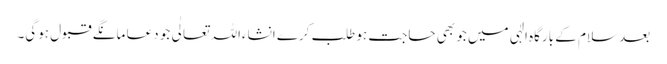
بعد سلام کے بارگاہ الٰہی میں جو بھی حاجت ہو طلب کرے انشاءاللہ تعالٰی جو دعا مانگے قبول ہوگی۔